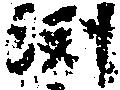
渕